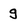
Character: g